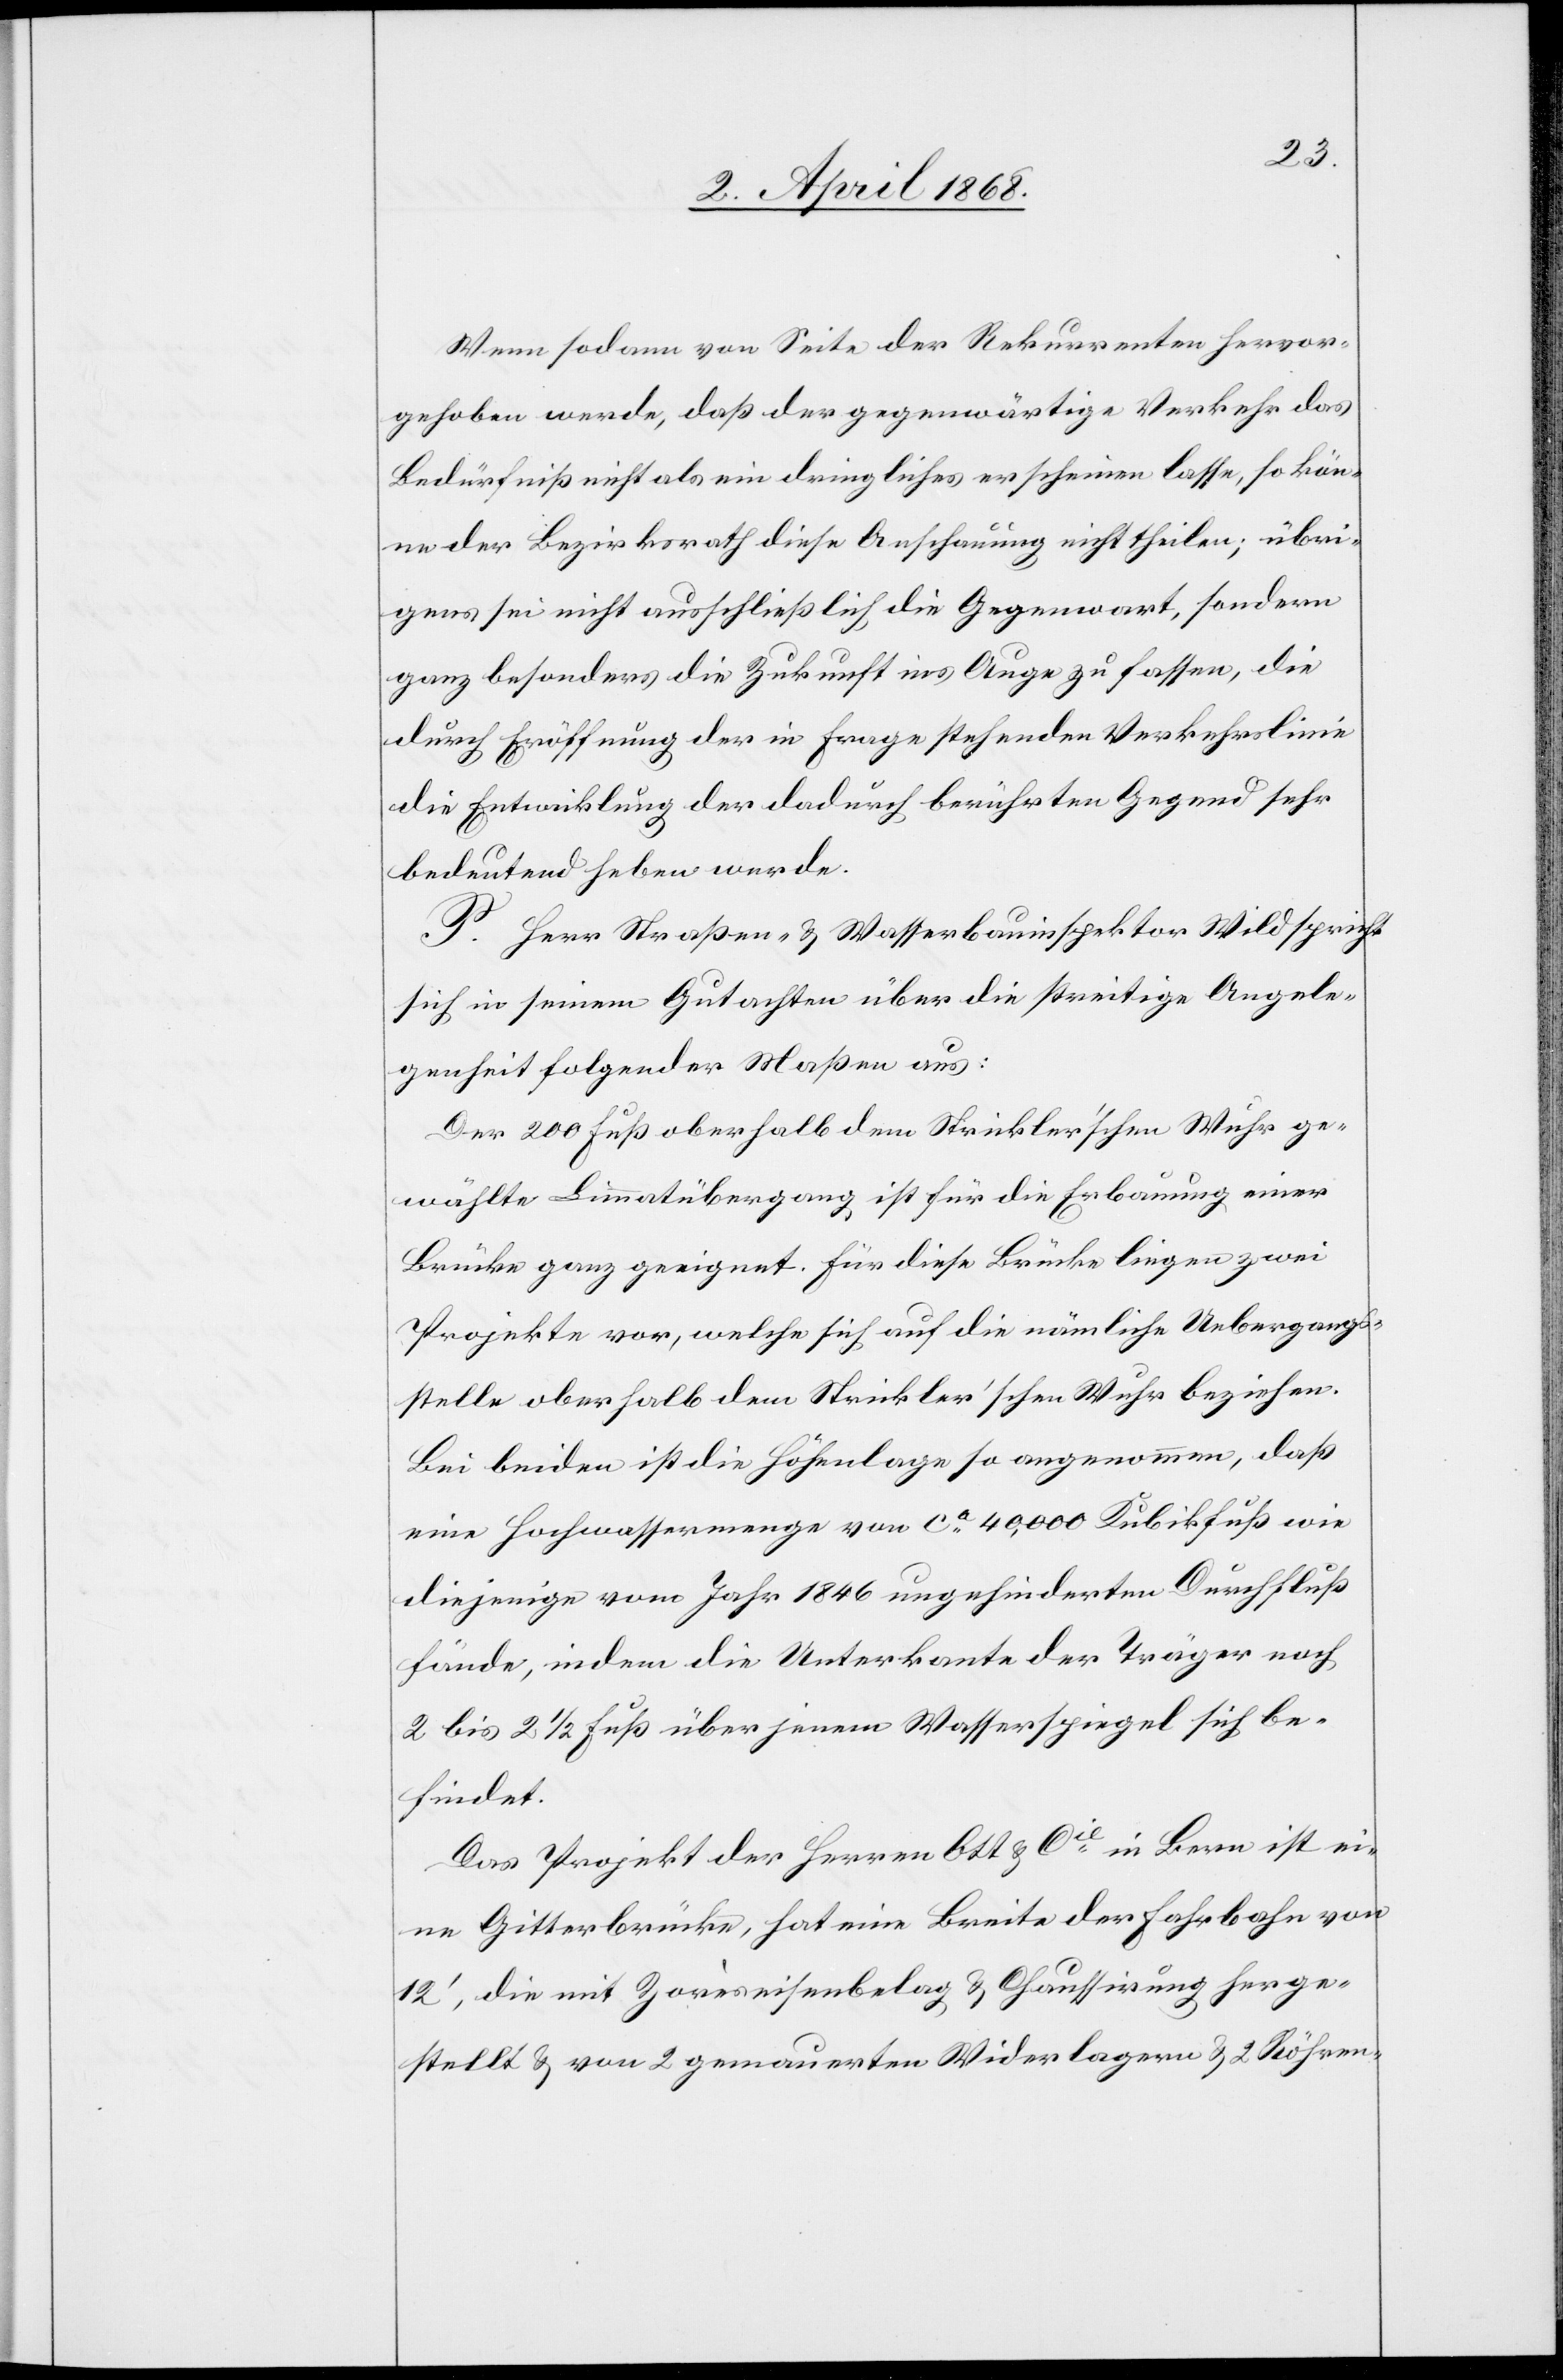
Wenn sodann von Seite der Rekurrenten hervor¬
gehoben werde, daß der gegenwärtige Verkehr das
Bedürfniß nicht als ein dringliches erscheinen lasse, so kön¬
ne der Bezirksrath diese Anschauung nicht theilen; übri¬
gens sei nicht ausschließlich die Gegenwart, sondern
ganz besonders die Zukunft ins Auge zu fassen, die
durch Eröffnung der in Frage stehenden Verkehrslinie
die Entwicklung der dadurch berührten Gegend sehr
bedeutend heben werde.
P. Herr Straßen- & Wasserbauinspektor Wild spricht
sich in seinem Gutachten über die streitige Angele¬
genheit folgender Maßen aus:
Der 200 Fuß oberhalb dem Strickler’schen Wuhr ge¬
wählte Limmatübergang ist für die Erbauung einer
Brücke ganz geeignet. Für diese Brücke liegen zwei
Projekte vor, welche sich auf die nämliche Uebergangs¬
stelle oberhalb dem Strickler’schen Wuhr beziehen.
Bei beiden ist die Höhenlage so angenommen, daß
eine Hochwassermenge von ca. 40,000 Kubikfuß wie
diejenige vom Jahr 1846 ungehinderten Durchfluß
fände, indem die Unterkante der Träger noch
2 bis 2 1/2 Fuß über jenem Wasserspiegel sich be¬
findet.
Das Projekt der Herren Ott & Cie. in Bern ist ei¬
ne Gitterbrücke, hat eine Breite der Fahrbahn von
12‘, die mit Zorèseisenbelag & Chaussirung herge¬
stellt & von 2 gemauerten Widerlagern & 2 Röhren-